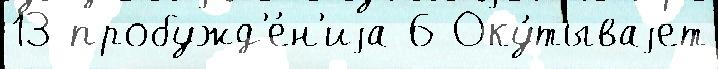
13 пробужд'е́н'иjа 6 Оку́тываjет